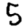
Digit: 5